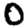
Digit: 0